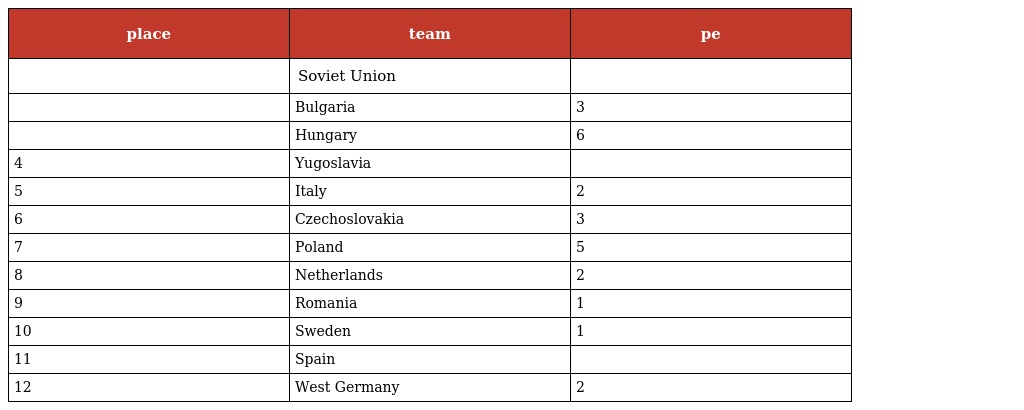
| place | team | pe |
 | --- | --- | --- |
 |  | Soviet Union |  |
 |  | Bulgaria | 3 |
 |  | Hungary | 6 |
 | 4 | Yugoslavia |  |
 | 5 | Italy | 2 |
 | 6 | Czechoslovakia | 3 |
 | 7 | Poland | 5 |
 | 8 | Netherlands | 2 |
 | 9 | Romania | 1 |
 | 10 | Sweden | 1 |
 | 11 | Spain |  |
 | 12 | West Germany | 2 |